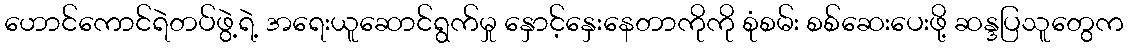
ဟောင်ကောင်ရဲတပ်ဖွဲ့ရဲ့ အရေးယူဆောင်ရွက်မှု နှောင့်နှေးနေတာကိုကို စုံစမ်း စစ်ဆေးပေးဖို့ ဆန္ဒပြသူတွေက